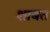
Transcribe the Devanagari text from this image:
शाबत